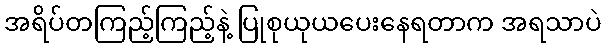
အရိပ်တကြည့်ကြည့်နဲ့ ပြုစုယုယပေးနေရတာက အရသာပဲ